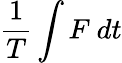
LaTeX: \frac{1}{T}\int F~dt